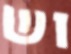
וש